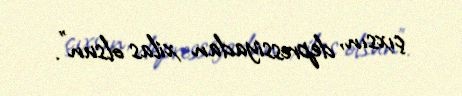
çıxsın, depressiyadan xilas olsun”.